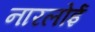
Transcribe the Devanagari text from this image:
नारलोई